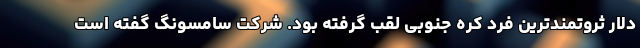
دلار ثروتمندترین فرد کره جنوبی لقب گرفته بود. شرکت سامسونگ گفته است